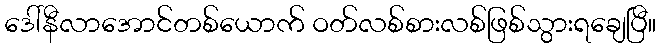
ဒေါ်နီလာအောင်တစ်ယောက် ဝတ်လစ်စားလစ်ဖြစ်သွားရချေပြီ။